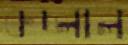
কচ্‌লাল